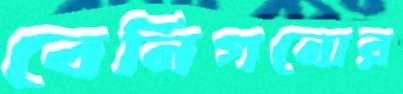
বেনিগনোর